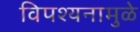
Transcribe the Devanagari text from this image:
विपश्यनामुळे